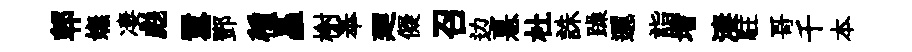
郫嫵凄彪囂鄧種矗榭奉廽儗召边憙杜誅躁邐詣增淒駐哥千本